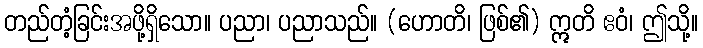
တည်တံ့ခြင်းအဖို့ရှိသော။ ပညာ၊ ပညာသည်။ (ဟောတိ၊ ဖြစ်၏) ဣတိ ဧဝံ၊ ဤသို့။